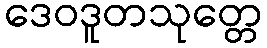
ဒေဝဒူတသုတ္တေ